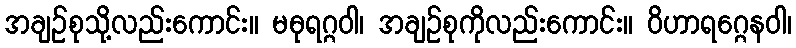
အချဉ်စုသို့လည်းကောင်း။ မဓုရဂ္ဂဝါ၊ အချဉ်စုကိုလည်းကောင်း။ ဝိဟာရဂ္ဂေနဝါ၊